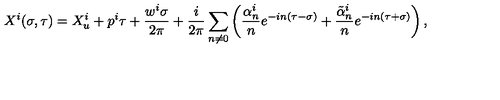
X ^ { i } ( \sigma , \tau ) = X _ { u } ^ { i } + p ^ { i } \tau + \frac { w ^ { i } \sigma } { 2 \pi } + \frac { i } { 2 \pi } \sum _ { n \neq 0 } \left( \frac { \alpha _ { n } ^ { i } } { n } e ^ { - i n ( \tau - \sigma ) } + \frac { { \tilde { \alpha } } _ { n } ^ { i } } { n } e ^ { - i n ( \tau + \sigma ) } \right) ,